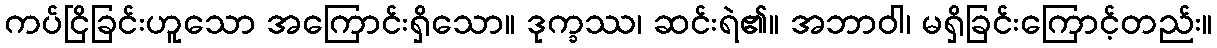
ကပ်ငြိခြင်းဟူသော အကြောင်းရှိသော။ ဒုက္ခဿ၊ ဆင်းရဲ၏။ အဘာဝါ၊ မရှိခြင်းကြောင့်တည်း။